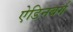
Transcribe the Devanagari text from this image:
ऐडिनबर्ग